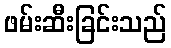
ဖမ်းဆီးခြင်းသည်